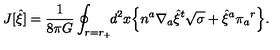
J [ { \hat { \xi } } ] = { \frac { 1 } { 8 \pi G } } \oint _ { r = r _ { + } } \! \! d ^ { 2 } x \Bigl \{ n ^ { a } \nabla _ { a } { \hat { \xi } } ^ { t } \sqrt { \sigma } + { \hat { \xi } } ^ { a } \pi _ { a } { } ^ { r } \Bigr \} .